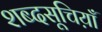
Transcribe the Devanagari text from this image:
शब्दसूचिय़ाँ